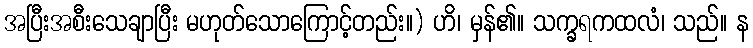
အပြီးအစီးသေချာပြီး မဟုတ်သောကြောင့်တည်း။) ဟိ၊ မှန်၏။ သက္ခရကထလံ၊ သည်။ န